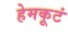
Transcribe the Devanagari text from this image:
हेमकूटं